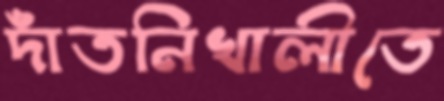
দাঁতনিখালীতে